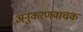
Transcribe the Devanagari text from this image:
अनुकरणवाचक